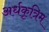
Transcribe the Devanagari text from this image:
अर्धकृत्रिम